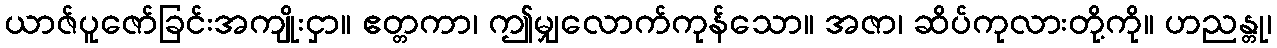
ယာဇ်ပူဇော်ခြင်းအကျိုးငှာ။ ဧတ္တကာ၊ ဤမျှလောက်ကုန်သော။ အဇာ၊ ဆိပ်ကုလားတို့ကို။ ဟညန္တု၊